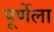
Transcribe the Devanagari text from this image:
पूर्णेला